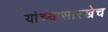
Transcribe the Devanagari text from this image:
यांच्यासारखेच